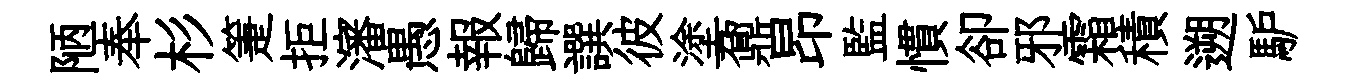
陋奉杉箑拒瀋愚報歸譔彼塗鼐昂監慣卻邪霜積遡馿